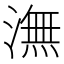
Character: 潕